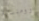
رومنسية